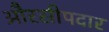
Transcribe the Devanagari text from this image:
औरसीपदार